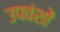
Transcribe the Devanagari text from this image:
उपवंशों